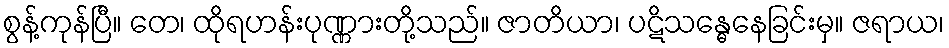
စွန့်ကုန်ပြီ။ တေ၊ ထိုရဟန်းပုဏ္ဏားတို့သည်။ ဇာတိယာ၊ ပဋိသန္ဓေနေခြင်းမှ။ ဇရာယ၊